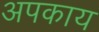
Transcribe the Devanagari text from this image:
अपकाय